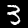
Digit: 3